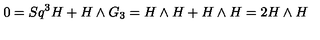
0 = S q ^ { 3 } H + H \wedge G _ { 3 } = H \wedge H + H \wedge H = 2 H \wedge H